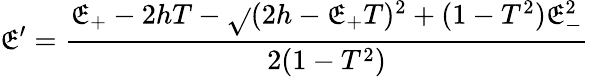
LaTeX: \mathfrak{E}^{\prime}=\frac{{\mathfrak{E}_{+}-2hT-\sqrt{}{{(2h-\mathfrak{E}_{+}T)^{2}+(1-T^{2})\mathfrak{E}_{-}^{2}}}}}{{2(1-T^{2})}}